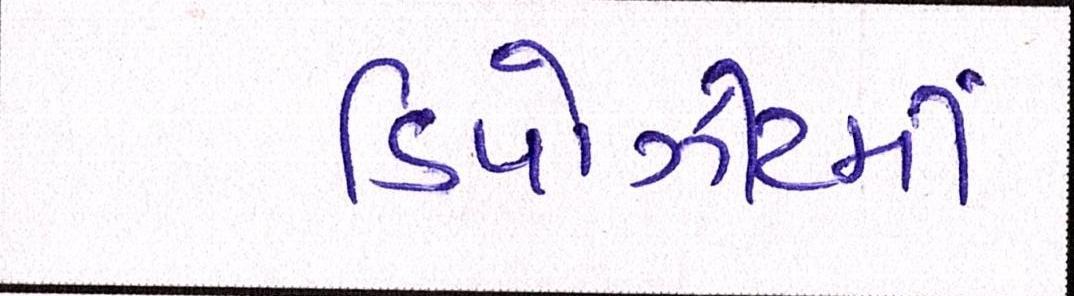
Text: ડિપોઝીટમાં